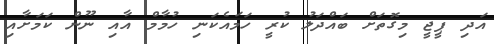
އަދި ޕީޖީ މިގޮތަށް ބައްދަލު ކުރީ ހަމައެކަނި ހުމާމް އާއި ނޫން ކަމަށާއި